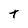
Character: T